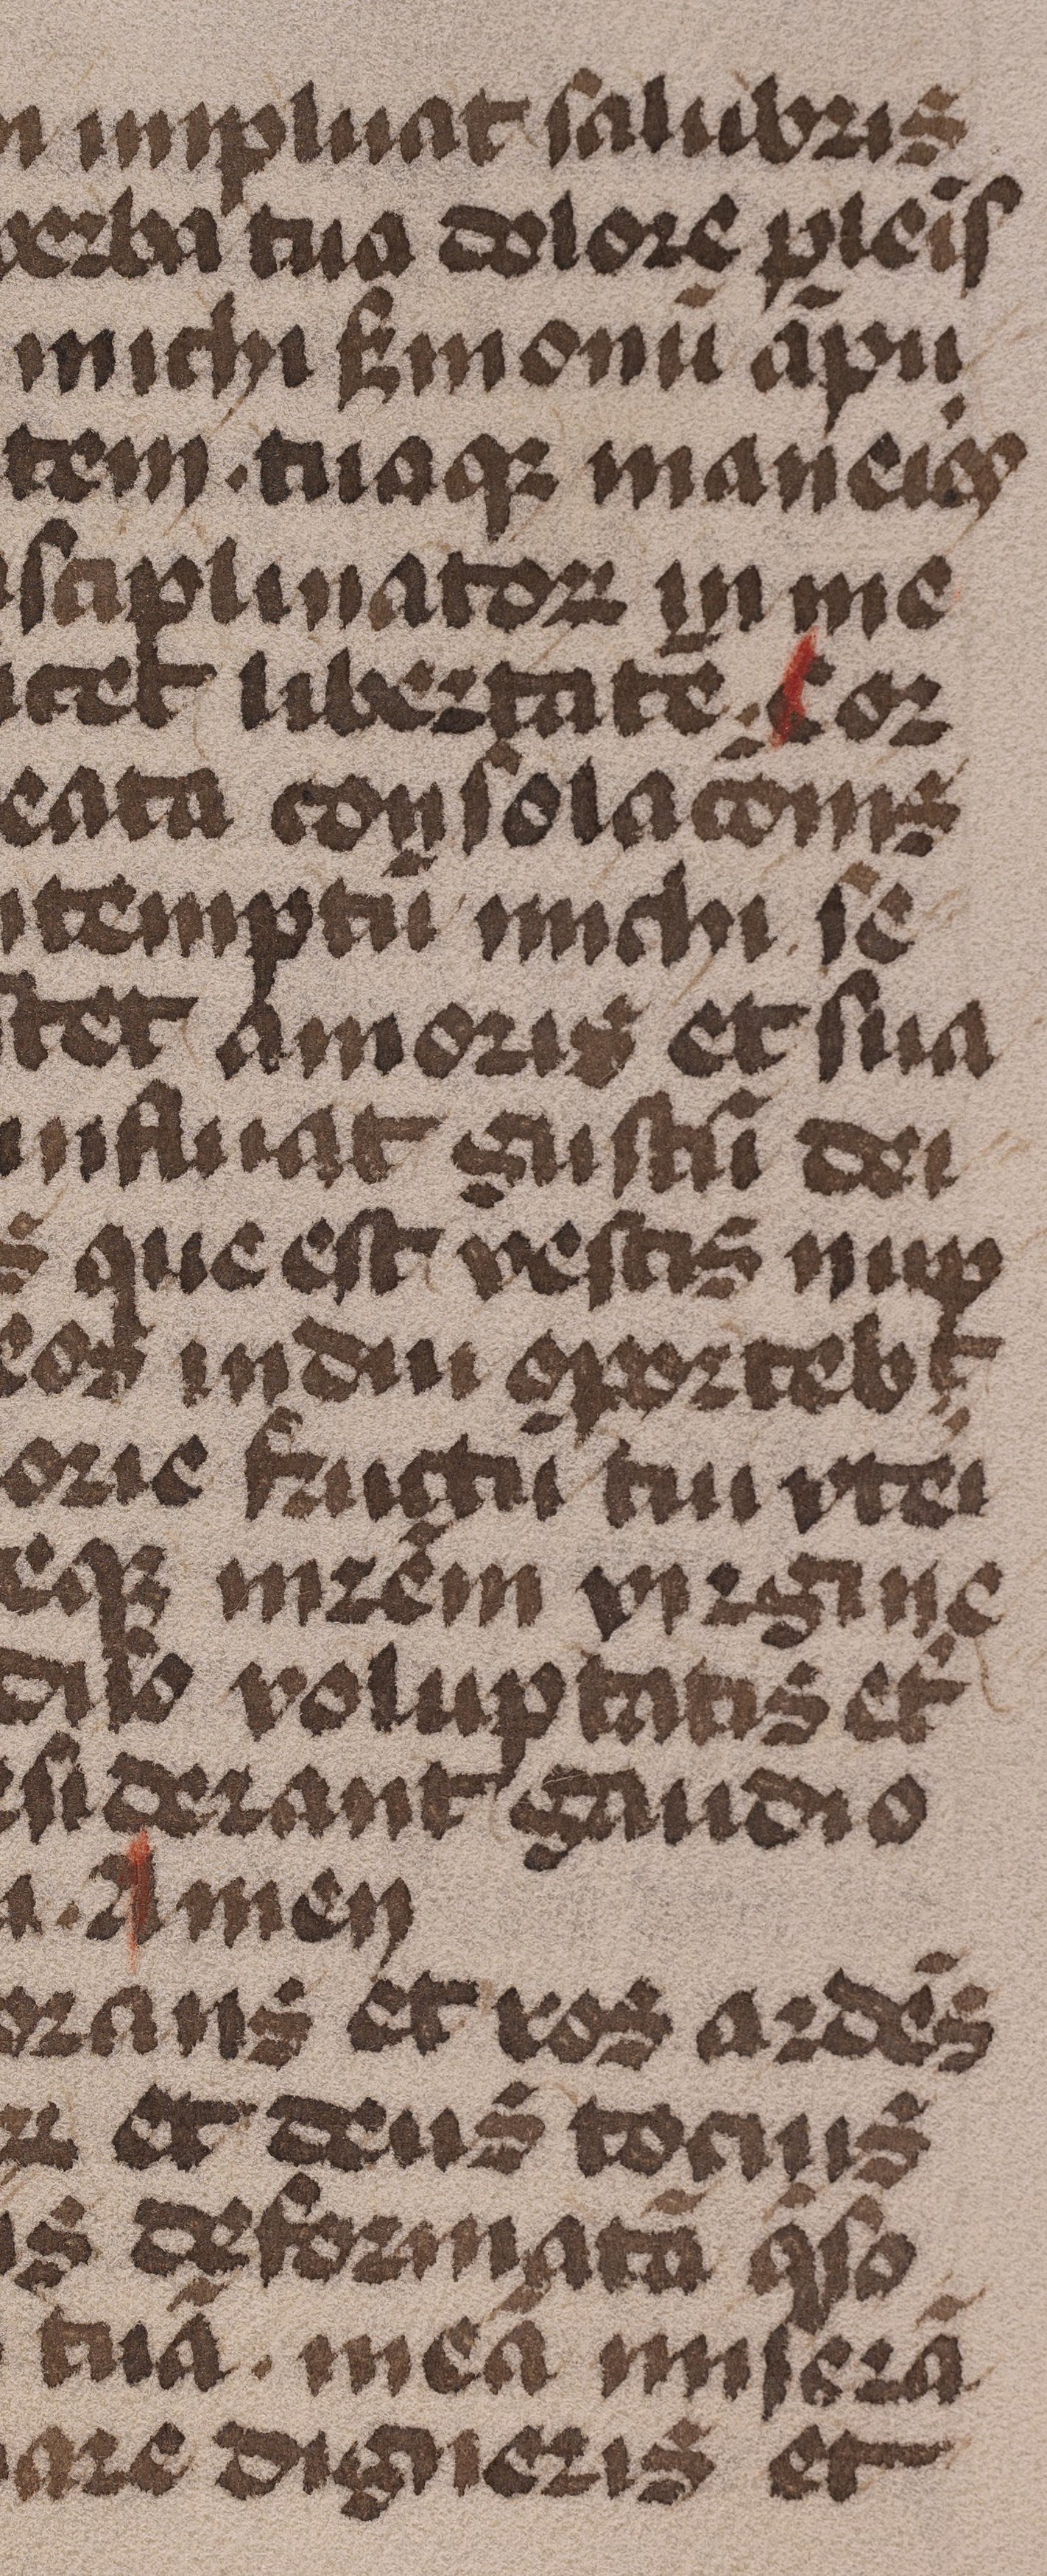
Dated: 1485–1515